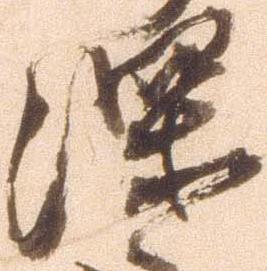
深